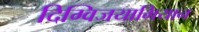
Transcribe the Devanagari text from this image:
दिग्विजयाभियान